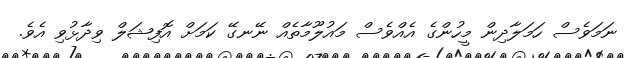
ނަމަވެސް ހަމަލާދިން މީހުންގެ އެއްވެސް މައުލޫމާތެއް ނޭނގޭ ކަމަށް އޮފިޝަލް ވިދާޅުވި އެވެ.